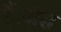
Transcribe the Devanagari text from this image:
हैं।बौद्ध